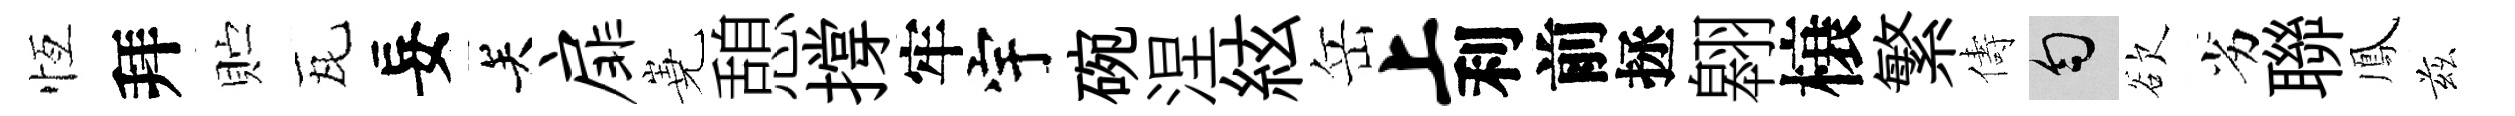
恆拜贮瓦妄关扉嶤憩撐牢宇碗涅絃岳上利前拯翱榱繁儔匀欲劣聯鳳兹